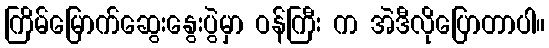
ကြိမ်မြောက်ဆွေးနွေးပွဲမှာ ဝန်ကြီး က အဲဒီလိုပြောတာပါ။